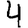
Digit: 4